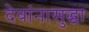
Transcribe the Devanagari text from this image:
देवांनासुद्धा